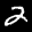
Label: 2